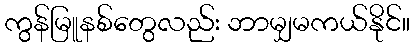
ကွန်မြူနစ်တွေလည်း ဘာမျှမကယ်နိုင်။